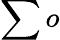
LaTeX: \sum o